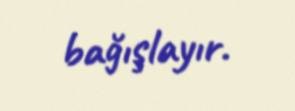
bağışlayır.